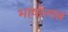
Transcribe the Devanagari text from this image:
भाषोत्पन्न